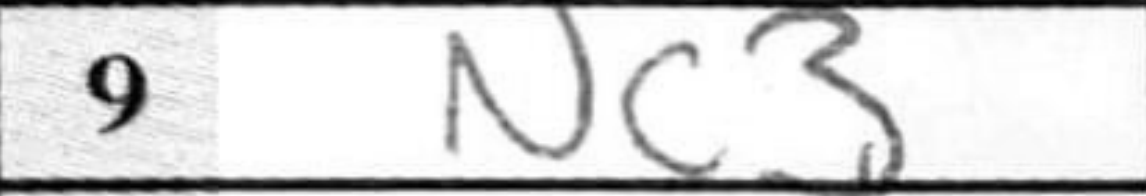
Transcription: Nc3